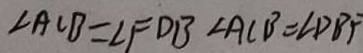
\angle A C B = \angle F D B \angle A C B = \angle D B F